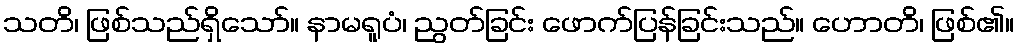
သတိ၊ ဖြစ်သည်ရှိသော်။ နာမရူပံ၊ ညွတ်ခြင်း ဖောက်ပြန်ခြင်းသည်။ ဟောတိ၊ ဖြစ်၏။